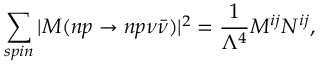
\sum _ { \scriptstyle s p i n } | { \cal M } ( n p \rightarrow n p \nu \bar { \nu } ) | ^ { 2 } = \frac { 1 } { \Lambda ^ { 4 } } M ^ { i j } N ^ { i j } ,